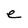
Character: e